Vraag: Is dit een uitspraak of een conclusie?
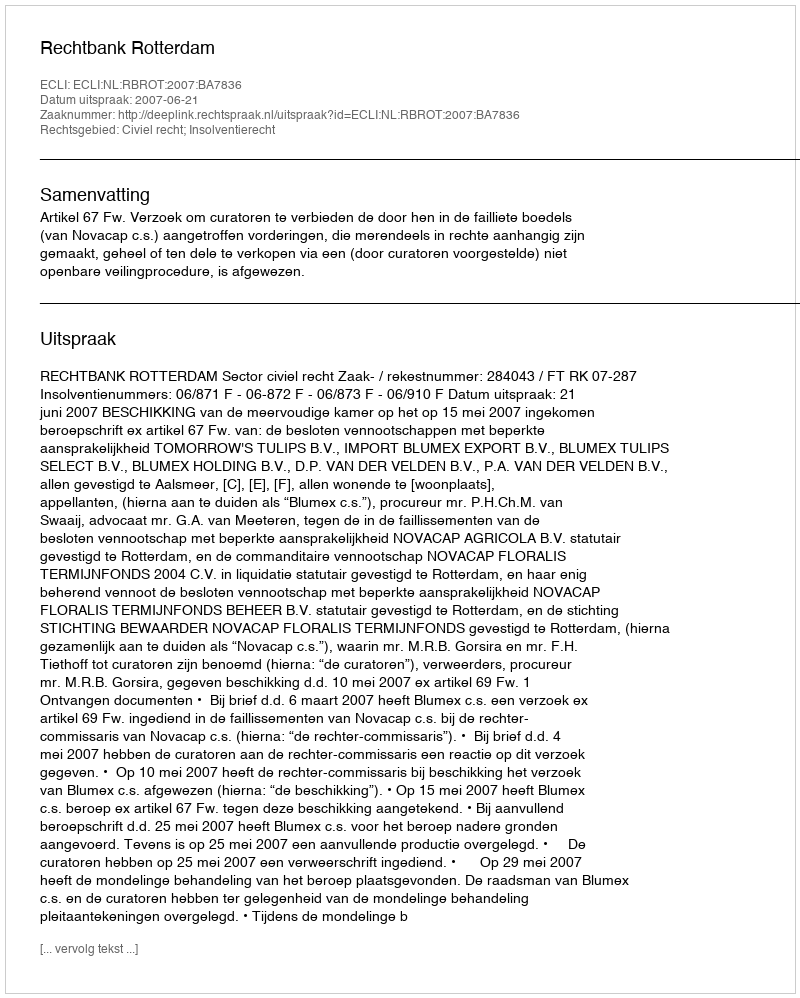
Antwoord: Uitspraak